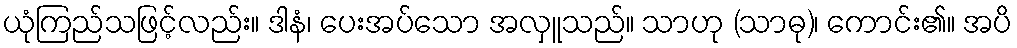
ယုံကြည်သဖြင့်လည်း။ ဒါနံ၊ ပေးအပ်သော အလှူသည်။ သာဟု (သာဓု)၊ ကောင်း၏။ အပိ